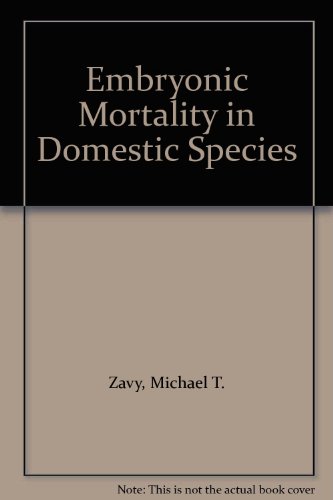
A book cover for Embryonic Mortality in Domestic Species; Michael T. Zavy; Medical Books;